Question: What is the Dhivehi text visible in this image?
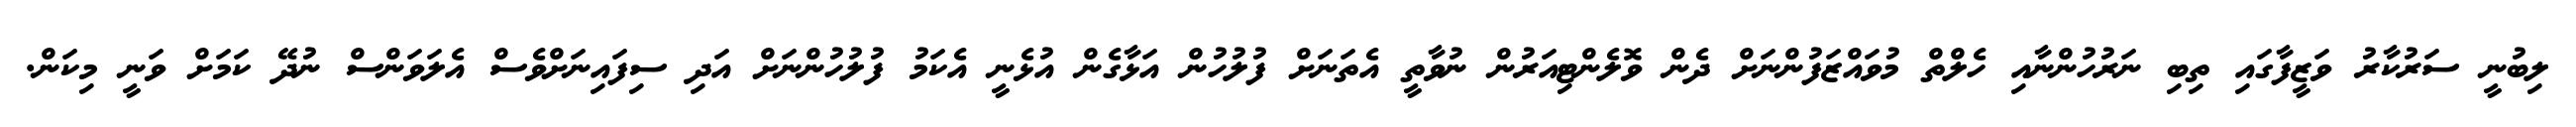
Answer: ލިބުނީ ސަރުކާރު ވަޒީފާގައި ތިބި ނަރުހުންނާއި ހެލްތް މުވައްޒަފުންނަށް ދެން ވޮލެންޓިއަރުން ނުވާތީ އެތަނަށް ފުލުހުން އަޅާގެން އުޅެނީ އެކަމު ފުލުހުންނަށް އަދި ސިފައިނަށްވެސް އެލަވަންސް ނުދޭ ކަމަށް ވަނީ މިކަން.